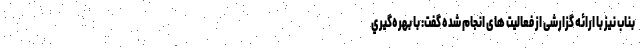
بناب نیز با ارائه گزارشی از فعالیت های انجام شده گفت: با بهره‌گيري